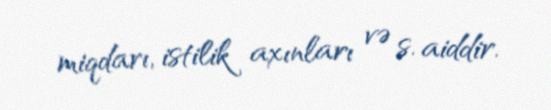
miqdarı, istilik axınları və s. aiddir.